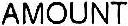
AMOUNT